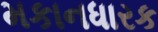
મકાનધારક